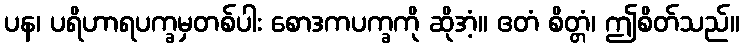
ပန၊ ပရိဟာရပက္ခမှတစ်ပါး စောဒကပက္ခကို ဆိုအံ့။ ဧတံ စိတ္တံ၊ ဤစိတ်သည်။